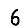
Digit: 6